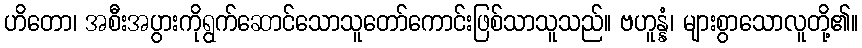
ဟိတော၊ အစီးအပွားကိုရွက်ဆောင်သောသူတော်ကောင်းဖြစ်သာသူသည်။ ဗဟူန္နံ၊ များစွာသောလူတို့၏။